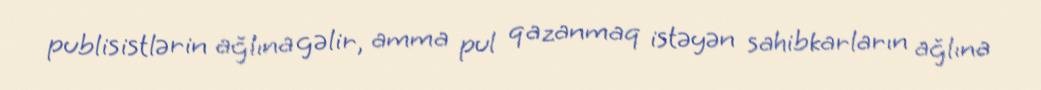
publisistlərin ağlına gəlir, amma pul qazanmaq istəyən sahibkarların ağlına